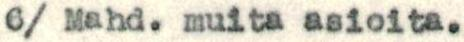
6/ Mahd. muita asioita.